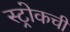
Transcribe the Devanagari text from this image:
स्ट्रोकची